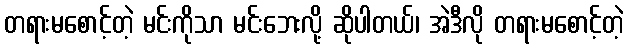
တရားမစောင့်တဲ့ မင်းကိုသာ မင်းဘေးလို့ ဆိုပါတယ်၊ အဲဒီလို တရားမစောင့်တဲ့